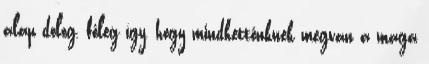
alap dolog, főleg így, hogy mindkettőnknek megvan a maga